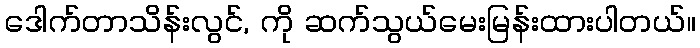
ဒေါက်တာသိန်းလွင်, ကို ဆက်သွယ်မေးမြန်းထားပါတယ်။